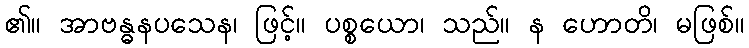
၏။ အာဗန္ဓနပသေန၊ ဖြင့်။ ပစ္စယော၊ သည်။ န ဟောတိ၊ မဖြစ်။